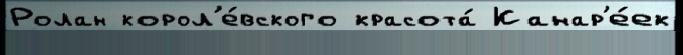
Ролан корол'е́вского красота́ Канар'е́ек